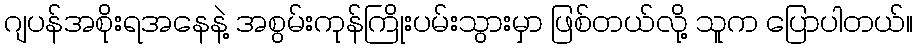
ဂျပန်အစိုးရအနေနဲ့ အစွမ်းကုန်ကြိုးပမ်းသွားမှာ ဖြစ်တယ်လို့ သူက ပြောပါတယ်။